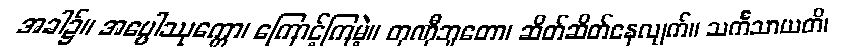
အခါ၌။ အပ္ပေါဿုက္ကော၊ ကြောင့်ကြမဲ့။ တုဏှီဘူတော၊ ဆိတ်ဆိတ်နေလျက်။ သင်္ကသာယတိ၊